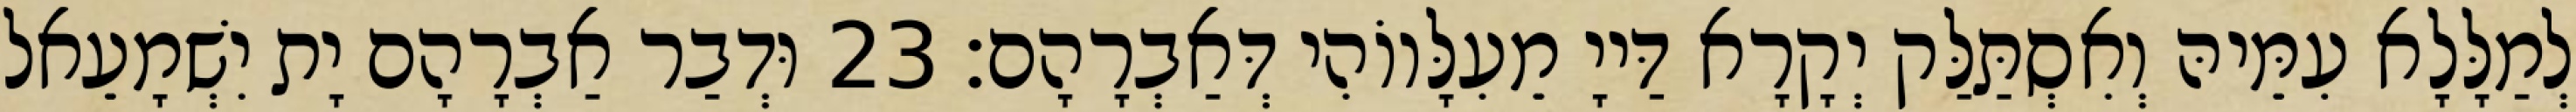
לְמַלָּלָא עִמֵּיהּ וְאִסְתַּלַּק יְקָרָא דַּייָ מֵעִלָּווֹהִי דְּאַבְרָהָם׃ 23 וּדְבַר אַבְרָהָם יָת יִשְׁמָעֵאל